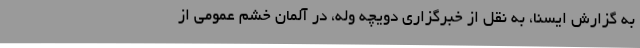
به گزارش ایسنا، به نقل از خبرگزاری دویچه وله، در آلمان خشم عمومی از